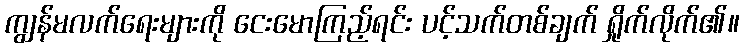
ကျွန်မလက်ရေးများကို ငေးမောကြည့်ရင်း ပင့်သက်တစ်ချက် ရှိုက်လိုက်၏။